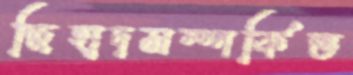
জিহাদসম্পর্কিত